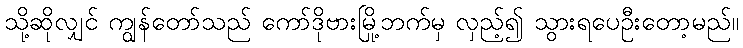
သို့ဆိုလျှင် ကျွန်တော်သည် ကော်ဒိုဗားမြို့ဘက်မှ လှည့်၍ သွားရပေဦးတော့မည်။